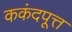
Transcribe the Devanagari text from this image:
ककंदपूत्त